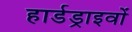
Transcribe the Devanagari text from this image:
हार्डड्राइवों